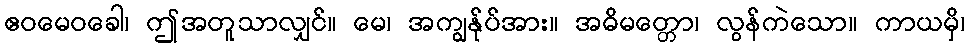
ဧဝမေဝခေါ၊ ဤအတူသာလျှင်။ မေ၊ အကျွန်ုပ်အား။ အဓိမတ္တော၊ လွန်ကဲသော။ ကာယမှိ၊